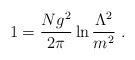
\begin{align*}1= \frac{Ng^2}{2\pi}\ln \frac{\Lambda^2}{m^2} \ .\end{align*}